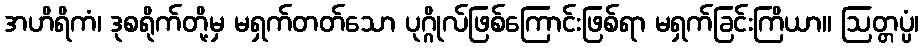
အဟိရိကံ၊ ဒုစရိုက်တို့မှ မရှက်တတ်သော ပုဂ္ဂိုလ်ဖြစ်ကြောင်းဖြစ်ရာ မရှက်ခြင်းကြိယာ။ ဩတ္တပ္ပံ၊